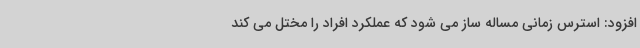
افزود: استرس زمانی مساله ساز می شود که عملکرد افراد را مختل می کند